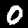
Label: 0